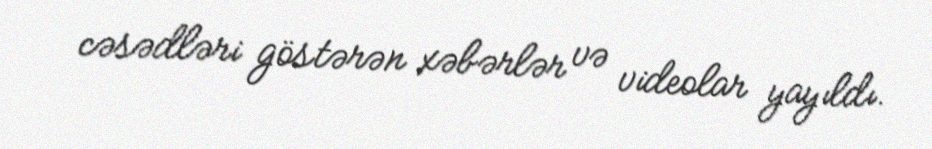
cəsədləri göstərən xəbərlər və videolar yayıldı.